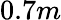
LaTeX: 0.7m